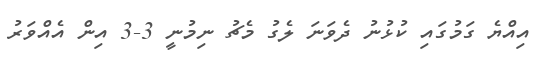
އިއްޔެ ގަމުގައި ކުޅުނު ދެވަނަ ލެގު މެޗު ނިމުނީ 3-3 އިން އެއްވަރު